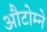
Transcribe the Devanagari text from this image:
औटोम्ने